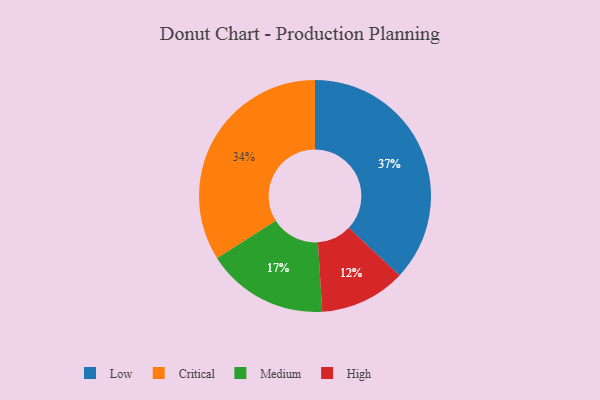
{"axis": {"x": "Category", "y": "Percentage"}, "legend": ["Critical", "High", "Low", "Medium"], "data": [{"x": "Low", "y": 37, "type": "Low"}, {"x": "Medium", "y": 17, "type": "Medium"}, {"x": "Critical", "y": 34, "type": "Critical"}, {"x": "High", "y": 12, "type": "High"}]}